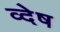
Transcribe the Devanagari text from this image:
व्देष